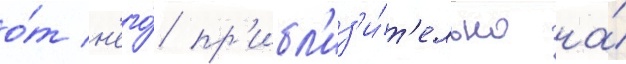
о́т н'его́ пр'ибл'из'и́т'ельно на́